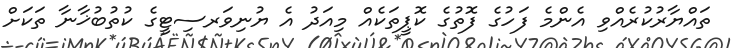
ތައްޔާރުކުރެއްވި އެންމެ ފަހުގެ ފޮތުގެ ކޮޕީތަކެއް މިއަދު އެ ޔުނިވަރސިޓީގެ ކުތުބުޚާނާ ތަކަށް